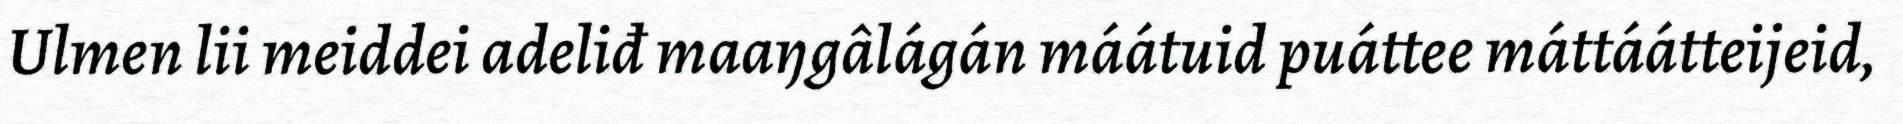
Ulmen lii meiddei adeliđ maaŋgâlágán máátuid puáttee máttáátteijeid,